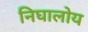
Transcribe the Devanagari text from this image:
निघालोय